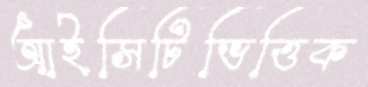
আইসিটিভিত্তিক